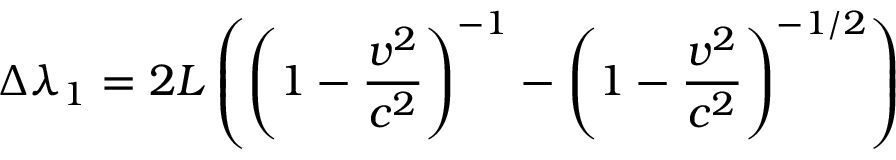
\Delta { \lambda } _ { 1 } = 2 L \left( \left( { 1 - { \frac { v ^ { 2 } } { c ^ { 2 } } } } \right) ^ { - 1 } - \left( 1 - { \frac { v ^ { 2 } } { c ^ { 2 } } } \right) ^ { - 1 / 2 } \right)